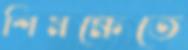
শিমক্ষেতে